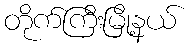
တိုက်ကြီးမြို့နယ်